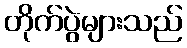
တိုက်ပွဲများသည်